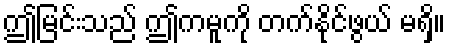
ဤမြင်းသည် ဤကမူကို တက်နိုင်ဖွယ် မရှိ။